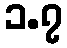
၁.၇